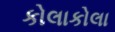
કોલાકોલા